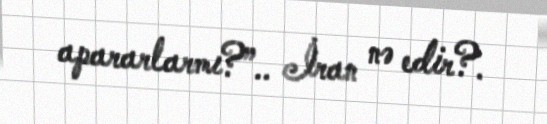
apararlarmı?”.. İran nə edir?.